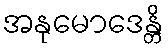
အနုမောဒေန္တိ